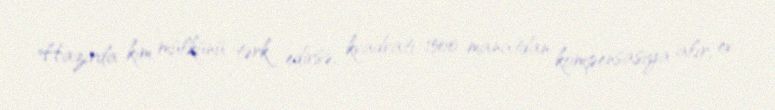
Hazırda kim mülkünü tərk edirsə, kvadratı 1500 manatdan kompensasiya alır, ev